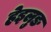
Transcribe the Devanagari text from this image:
हेइलुङ